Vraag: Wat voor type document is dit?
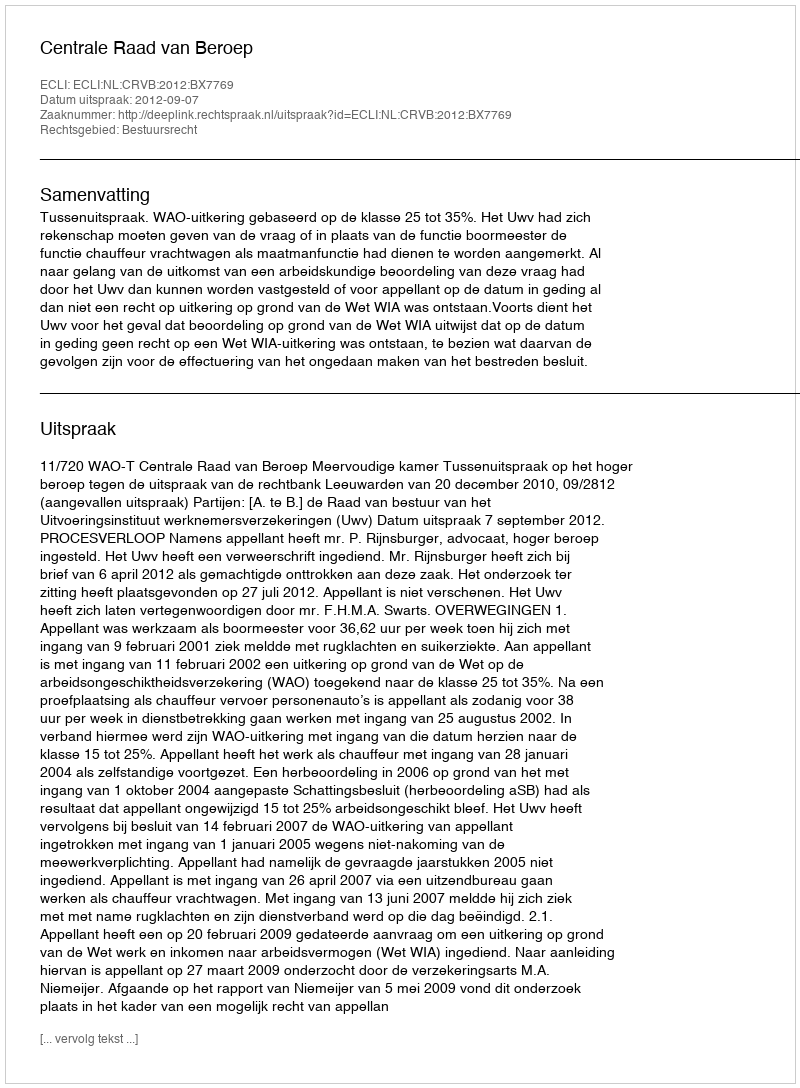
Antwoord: Uitspraak